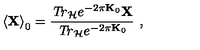
\left\langle { \bf X } \right\rangle _ { 0 } = \frac { { \it T r } _ { { \cal H } } e ^ { - 2 \pi { \bf K } _ { 0 } } { \bf X } } { { \it T r } _ { { \cal H } } e ^ { - 2 \pi { \bf K } _ { 0 } } } \ ,